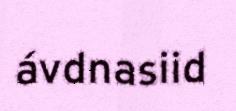
ávdnasiid